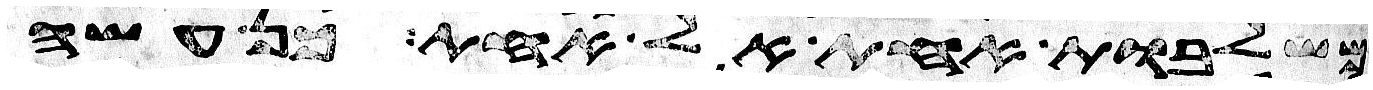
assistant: משלבות אחת אל אחת כן עשה